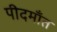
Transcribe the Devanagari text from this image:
पीदमाँत